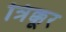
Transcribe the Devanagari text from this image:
त्रिक्कूर